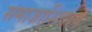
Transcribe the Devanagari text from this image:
समाजाशिवाय